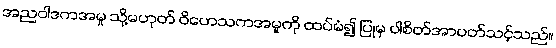
အညဝါဒကအမှု သို့မဟုတ် ဝိဟေသကအမှုကို ထပ်မံ၍ ပြုမှ ပါစိတ်အာပတ်သင့်သည်။